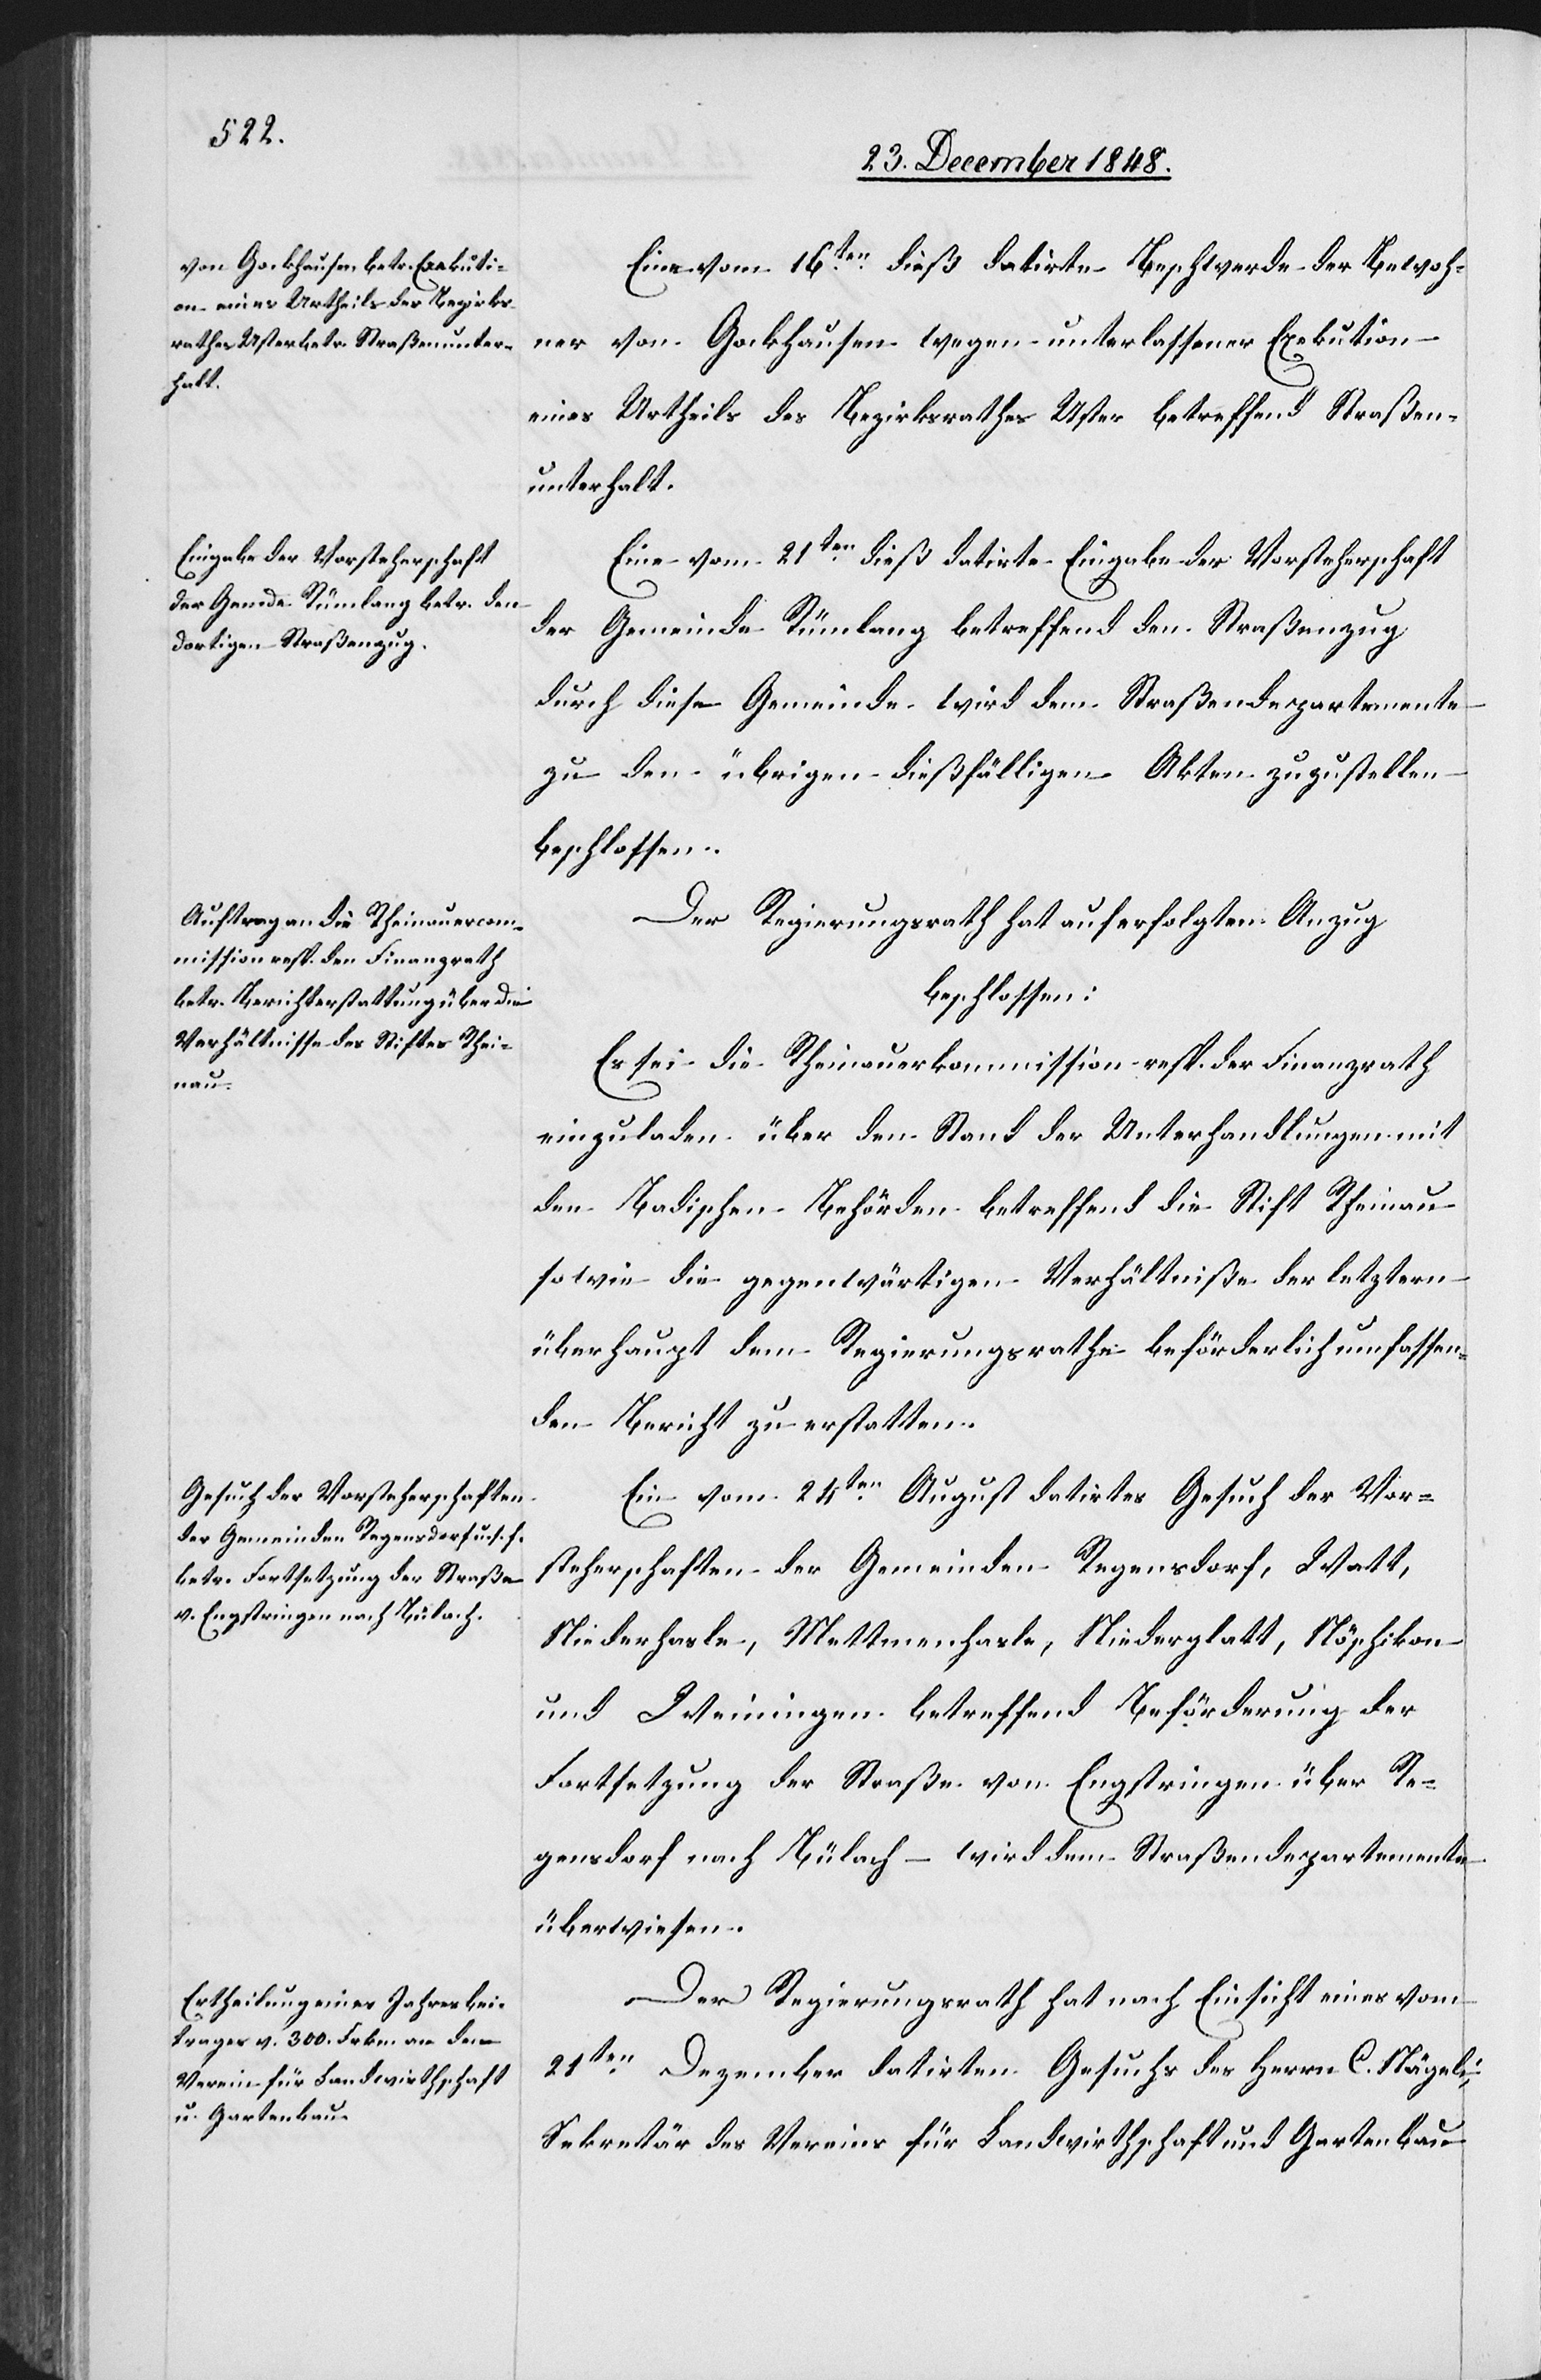
Eine vom 16ten dieß datirte Beschwerde der Bewoh¬
ner von Gockhausen wegen unterlassener Exekution
eines Urtheils des Bezirksrathes Uster betreffend Straßen¬
unterhalt.
Eine vom 12ten dieß datirte Eingabe der Vorsteherschaft
der Gemeinde Rümlang betreffend den Straßenzug
durch diese Gemeinde wird dem Straßendepartemente
zu den übrigen dießfälligen Akten zuzustellen
beschlossen.
Der Regierungsrath hat auf erfolgten Anzug
beschlossen:
Es sei die Rheinauerkommission resp. der Finanzrath
einzuladen über den Stand der Unterhandlungen mit
den Badischen Behörden betreffend die Stift Rheinau
sowie die gegenwärtigen Verhältniße der letztern
überhaupt dem Regierungsrathe beförderlich umfassen¬
den Bericht zu erstatten.
Ein vom 24ten August datirtes Gesuch der Vor¬
steherschaften der Gemeinden Regensdorf, Watt,
Niederhasle, Mettmenhasle, Niederglatt, Nöschikon
und Weiningen betreffend Beförderung der
Fortsetzung der Straße von Engstringen über Re¬
gensdorf nach Bülach – wird dem Straßendepartemente
überwiesen.
Der Regierungsrath hat nach Einsicht eines vom
21ten Dezember datirten Gesuchs des Herrn C. Nägeli,
Sekretär des Vereins für Landwirthschaft und Gartenbau